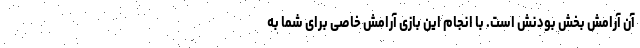
آن آرامش بخش بودنش است. با انجام این بازی آرامش خاصی برای شما به